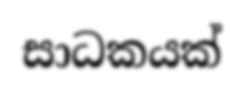
සාධකයක්